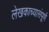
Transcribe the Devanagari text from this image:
लेखकाच्यासंपूर्ण